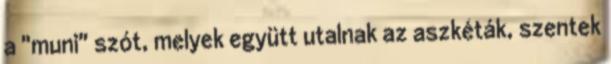
a "muni" szót, melyek együtt utalnak az aszkéták, szentek